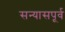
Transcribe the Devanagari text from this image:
सन्यासपूर्व